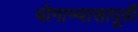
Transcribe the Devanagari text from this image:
योगाभ्यासापूर्वी